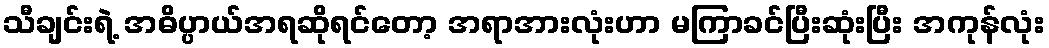
သီချင်းရဲ့ အဓိပ္ပာယ်အရဆိုရင်တော့ အရာအားလုံးဟာ မကြာခင်ပြီးဆုံးပြီး အကုန်လုံး